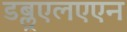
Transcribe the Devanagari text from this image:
डब्लूएलएएन